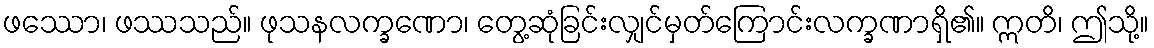
ဖဿော၊ ဖဿသည်။ ဖုသနလက္ခဏော၊ တွေ့ဆုံခြင်းလျှင်မှတ်ကြောင်းလက္ခဏာရှိ၏။ ဣတိ၊ ဤသို့။